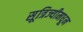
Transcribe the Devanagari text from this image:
सूत्रिज्यीमधून